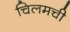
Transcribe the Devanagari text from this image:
चिलमची